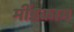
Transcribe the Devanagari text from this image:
मींडकाम